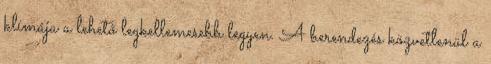
klímája a lehető legkellemesebb legyen. A berendezés közvetlenül a